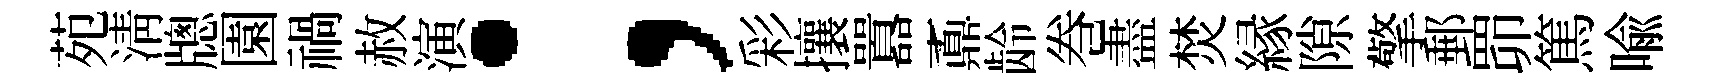
苑淸牕園禍赦演；彩攘囂鼒龄巻盡焚縁隙擎郵𦊑篤喻